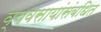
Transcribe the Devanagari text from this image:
व्यवसायांसंबधित